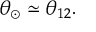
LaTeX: \theta _ { \odot } \simeq \theta _ { 1 2 } .